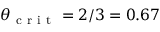
\theta _ { \mathrm { ~ c ~ r ~ i ~ t ~ } } = 2 / 3 = 0 . 6 7